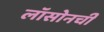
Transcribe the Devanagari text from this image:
लॉसोनची